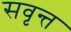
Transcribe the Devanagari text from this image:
सवृन्त